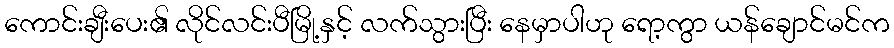
ကောင်းချီးပေး၏ လိုင်လင်းပီမြို့နှင့် လက်သွားပြီး နေမှာပါဟု ရော့ကွာ ယန်ချောင်မင်က